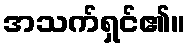
အသက်ရှင်၏။